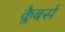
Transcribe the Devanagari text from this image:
क्लैबर्स